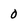
Character: 0